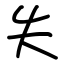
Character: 失